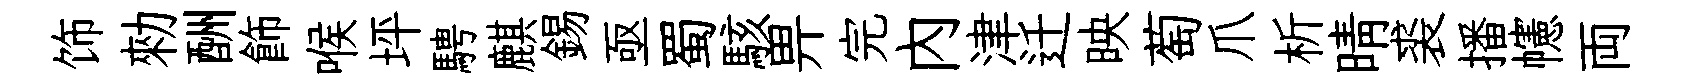
饰勑酬飾喉坪騁麒錫亟蜀駭畀完内津迁映萄爪析晴裘播幰両